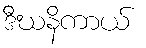
ဒီဃနိကာယ်